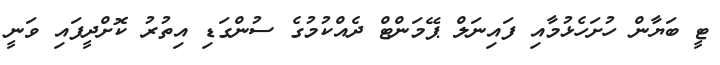
ޓީ ބަޔާން ހުށަހެޅުމާއި ފައިނަލް ޕޭމަންޓް ދެއްކުމުގެ ސުންގަޑި އިތުރު ކޮށްދީފައި ވަނީ